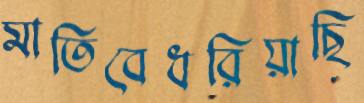
মাতিবেধরিয়াছি